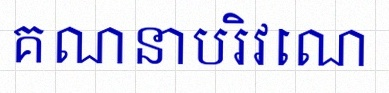
គណនាបរិវេណ